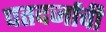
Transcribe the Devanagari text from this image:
पतदर्जाची